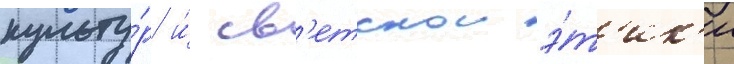
культу́р и́ св'етскои э́т'ик'и